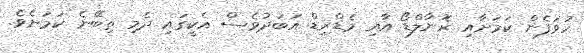
ހުވަފެން ކަމަށާއި ރޮނާލްޑޯ އާއި މެޑްރިޑް އަބަދުވެސް އެކީގައި ދެމި ތިބޭނެ ކަމަށެވެ.